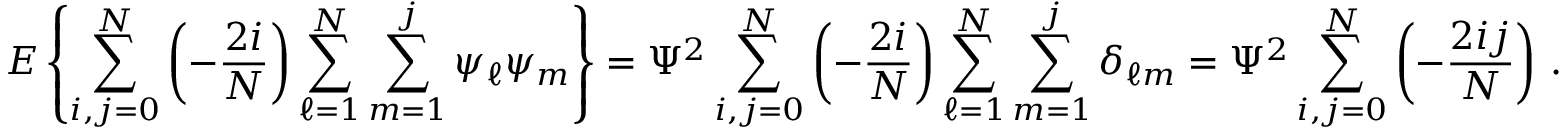
E \left\{ \sum _ { i , j = 0 } ^ { N } \left( - { \frac { 2 i } { N } } \right) \sum _ { \ell = 1 } ^ { N } \sum _ { m = 1 } ^ { j } \psi _ { \ell } \psi _ { m } \right\} = \Psi ^ { 2 } \sum _ { i , j = 0 } ^ { N } \left( - { \frac { 2 i } { N } } \right) \sum _ { \ell = 1 } ^ { N } \sum _ { m = 1 } ^ { j } \delta _ { \ell m } = \Psi ^ { 2 } \sum _ { i , j = 0 } ^ { N } \left( - { \frac { 2 i j } { N } } \right) \, .